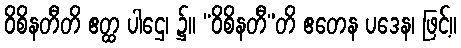
ဝိစိနတီတိ ဧတ္ထ ပါဌေ၊ ၌။ “ဝိစိနတီ”တိ ဧတေန ပဒေန၊ ဖြင့်။